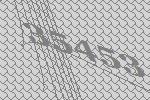
35453